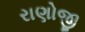
રાણોજી